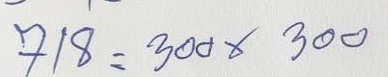
718 = 300 x 300